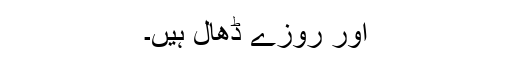
اور روزے ڈھال ہیں۔